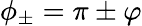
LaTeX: \phi_{\pm}=\pi\pm\varphi